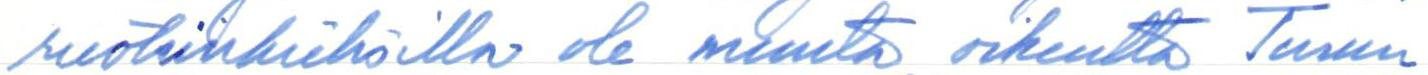
ruotsinkielisillä ole muuta oikeutta Turun